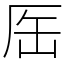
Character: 厒